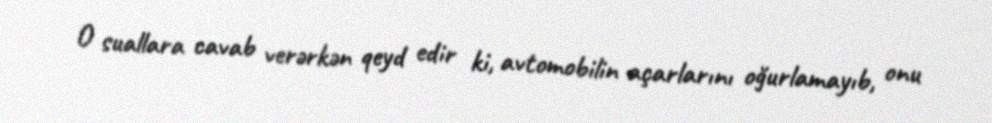
O suallara cavab verərkən qeyd edir ki, avtomobilin açarlarını oğurlamayıb, onu